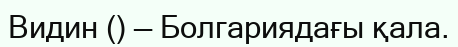
Видин () — Болгариядағы қала.